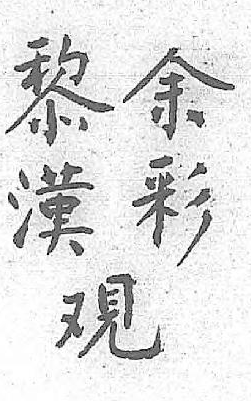
黎余覌漢彩